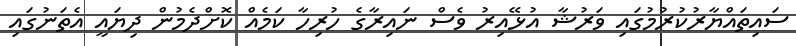
ސައިތައްޔާރުކުރުމުގައި ވަރުޝާ އުޅޭއިރު ވެސް ނައިރާގެ ހުރިހާ ކަމެއް ކޮށްދެމުން ދިޔައީ އެތަނުގައި